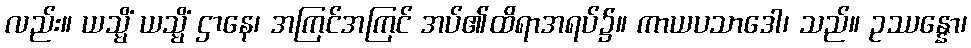
လည်း။ ယသ္မိံ ယသ္မိံ ဌာနေ၊ အကြင်အကြင် အပ်၏ထိရာအရပ်၌။ ကာယပသာဒေါ၊ သည်။ ဥဿန္နော၊